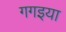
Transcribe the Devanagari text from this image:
गगइया